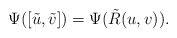
\begin{align*}\Psi([\tilde{u},\tilde{v}])=\Psi(\tilde{R}(u,v)).\end{align*}